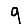
Digit: 9